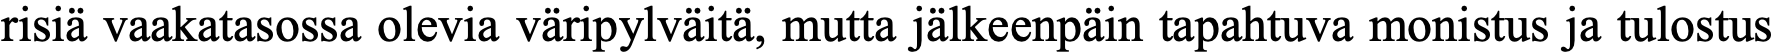
risiä vaakatasossa olevia väripylväitä, mutta jälkeenpäin tapahtuva monistus ja tulostus